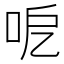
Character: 呝